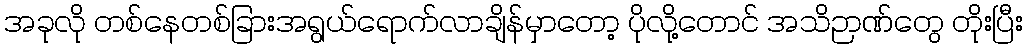
အခုလို တစ်နေတစ်ခြားအရွယ်ရောက်လာချိန်မှာတော့ ပိုလို့တောင် အသိဉာဏ်တွေ တိုးပြီး